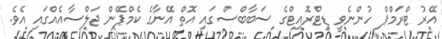
އޭރު ޓްރަމްޕް ހުންނެވީ ޑިޓްރޮއިޓްގެ ސަބާބްސްގައި އޮތް އޭނާގެ ކެމްޕޭން ޖަލްސާއެއްގައި އެވެ.